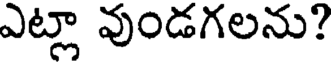
ఎట్లా వుండగలను?